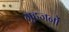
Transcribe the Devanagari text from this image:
गृहजनों